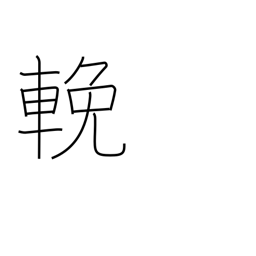
Meaning: pull